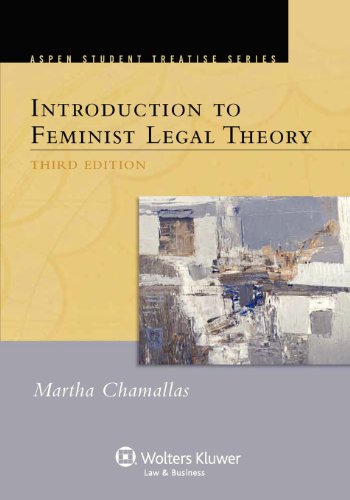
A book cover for Introduction to Feminist Legal Theory, Third Edition (Aspen Treatise); Martha E. Chamallas; Law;